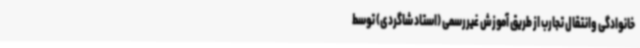
خانوادگی وانتقال تجارب از طریق آموزش غیررسمی (استاد شاگردی) توسط